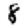
Digit: 8